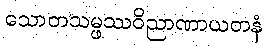
သောတသမ္ဖဿဝိညာဏာယတနံ